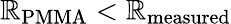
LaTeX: \mathbb{R}_{\mathrm{{{PMMA}}}}<\mathbb{R}_{\mathrm{{{measured}}}}